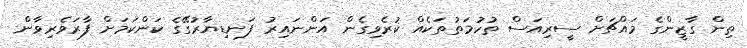
ތިން ގާޒީންގެ މައްޗަށް ސީރިއަސް ތުހުމަތުތަކެއް ކުރެވިގެން އަންނައިރު ފަނޑިޔާރުގޭގެ ކަންކަމަށް ފާރަވެރިވާން